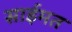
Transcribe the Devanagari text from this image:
साईमत